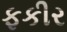
ફકીર